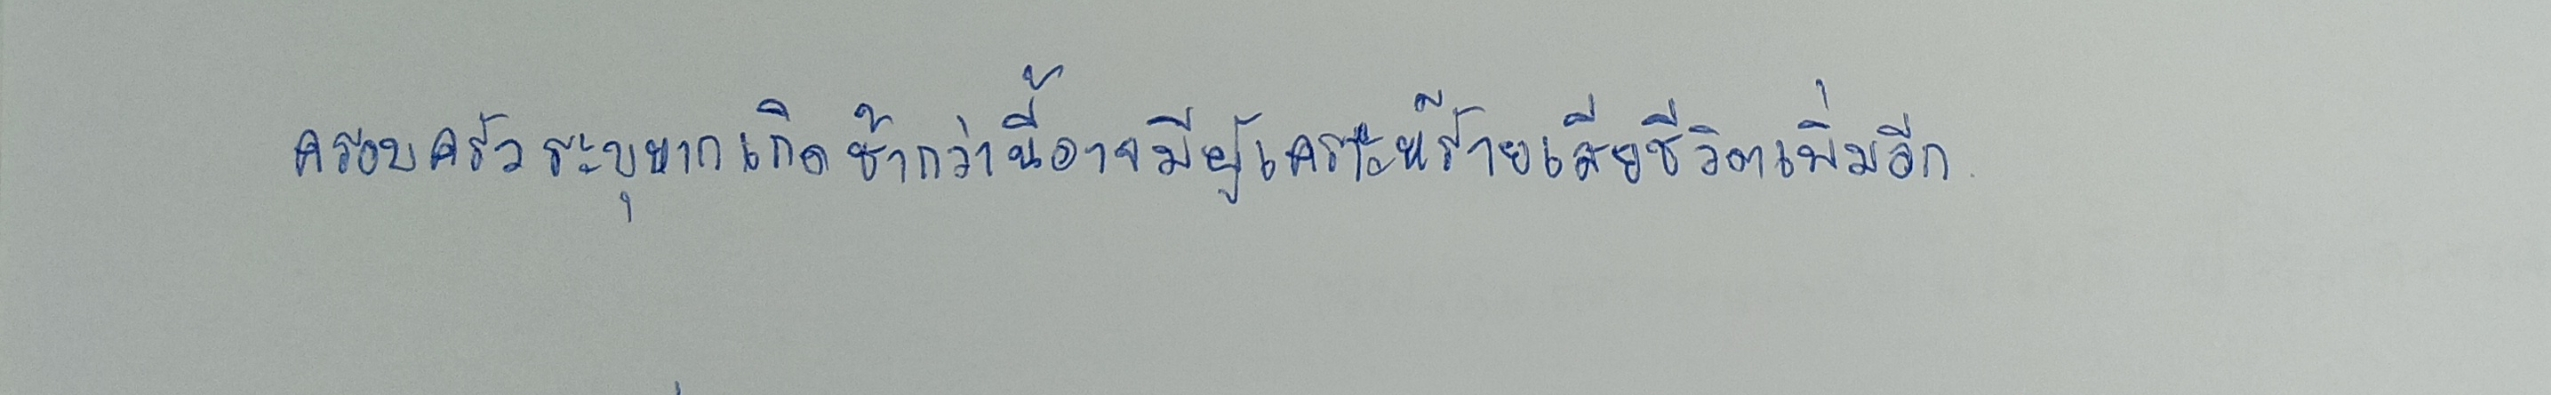
ครอบครัวระบุหากเกิดช้ากว่านี้อาจมีผู้เคราะห์ร้ายเสียชีวิตเพิ่มอีก